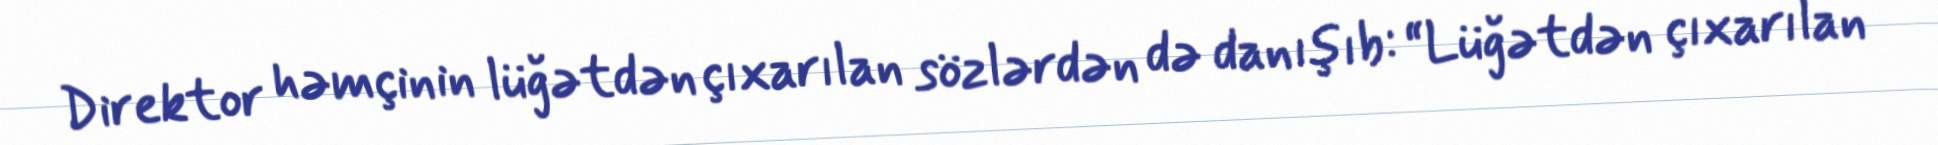
Direktor həmçinin lüğətdən çıxarılan sözlərdən də danışıb: “Lüğətdən çıxarılan